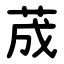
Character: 荿